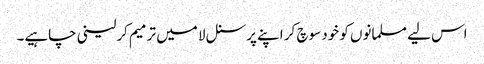
اس لیے مسلمانوں کو خود سوچ کر اپنے پرسنل لا میں ترمیم کرلینی چاہیے۔